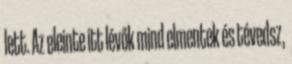
lett. Az eleinte itt lévők mind elmentek és tévedsz,